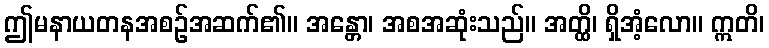
ဤမနာယတနအစဉ်အဆက်၏။ အန္တော၊ အစအဆုံးသည်။ အတ္ထိ၊ ရှိအံ့လော။ ဣတိ၊